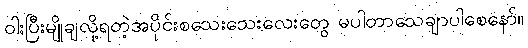
ဝါးပြီးမျိုချလို့ရတဲ့အပိုင်းစသေးသေးလေးတွေ မပါတာသေချာပါစေနော်။